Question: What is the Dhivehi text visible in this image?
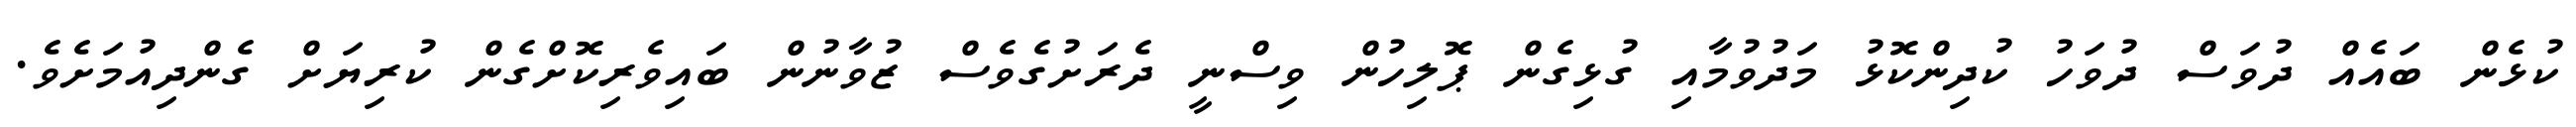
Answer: ކުޅެން ބައެއް ދުވަސް ދުވަހު ކުދިންކޮޅު މަދުވުމާއި ގުޅިގެން ޕޮލިހުން ވިސްނީ ދެރަށުގެވެސް ޒުވާނުން ބައިވެރިކޮށްގެން ކުރިޔަށް ގެންދިއުމަށެވެ.